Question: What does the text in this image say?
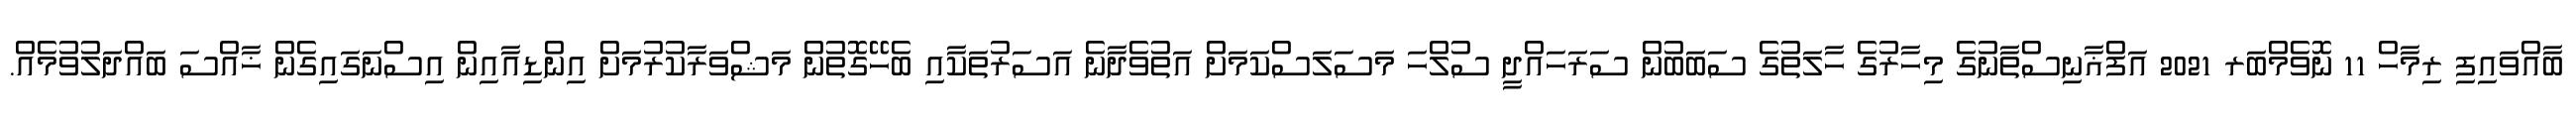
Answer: ބާއްވައިފި ރިމާހް 11 ނޮވެމްބަރ 2021 އަފްޣާނިސްތާނުގެ މިހާރުގެ ހާލަތުގެ ސަބަބުން ސަރަހައްދީ ސުލްހަ މަސަލަސްކަމަށް އަތުވެދާނެ އަސަރުތަކާއި ބެހޭގޮތުން މަޝްވަރާކުރުމަށް އިންޑިއާއިން އިސްނަގައިގެން ޚާއްސަ ބައްދަލުވުމެއް.